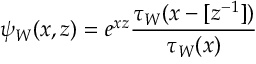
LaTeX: \psi _ { W } ( x , z ) = e ^ { x z } \frac { \tau _ { W } ( x - [ z ^ { - 1 } ] ) } { \tau _ { W } ( x ) }